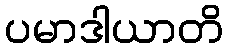
ပမာဒါယာတိ